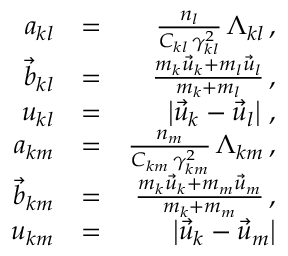
\begin{array} { r l r } { a _ { k l } } & { = } & { \frac { n _ { l } } { C _ { k l } \, \gamma _ { k l } ^ { 2 } } \, \Lambda _ { k l } \, , } \\ { \vec { b } _ { k l } } & { = } & { \frac { m _ { k } \vec { u } _ { k } + m _ { l } \vec { u } _ { l } } { m _ { k } + m _ { l } } \, , } \\ { u _ { k l } } & { = } & { \left| \vec { u } _ { k } - \vec { u } _ { l } \right| \, , } \\ { a _ { k m } } & { = } & { \frac { n _ { m } } { C _ { k m } \, \gamma _ { k m } ^ { 2 } } \, \Lambda _ { k m } \, , } \\ { \vec { b } _ { k m } } & { = } & { \frac { m _ { k } \vec { u } _ { k } + m _ { m } \vec { u } _ { m } } { m _ { k } + m _ { m } } \, , } \\ { u _ { k m } } & { = } & { \left| \vec { u } _ { k } - \vec { u } _ { m } \right| } \end{array}